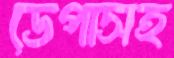
ডেপাসহ